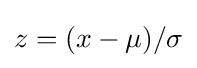
z=(x-\mu )/\sigma